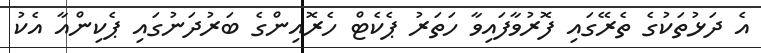
އެ ދަޅުތަކުގެ ތެރޭގައި ފޮރުވާފައިވާ ހަތަރު ޕެކެޓް ހެރޮއިންގެ ބަރުދަނުގައި ޕެކިންއާ އެކު